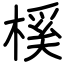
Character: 榽